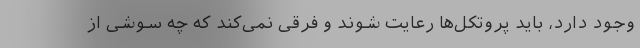
وجود دارد، باید پروتکل‌ها رعایت شوند و فرقی نمی‌کند که چه سوشی از